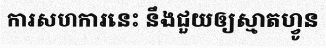
ការសហការនេះ នឹងជួយឲ្យស្មាតហ្វូន